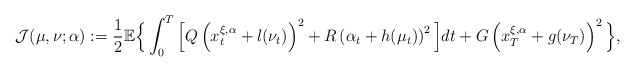
\begin{align*}\mathcal{J}(\mu,\nu;\alpha):=\frac{1}{2}\mathbb{E}\Big\{\int_0^T\Big[Q\left(x_t^{\xi,\alpha}+l(\nu_t)\right)^2+R\left(\alpha_t+h(\mu_t)\right)^2\Big]dt+G\left(x_T^{\xi,\alpha}+g(\nu_T)\right)^2\Big\},\end{align*}